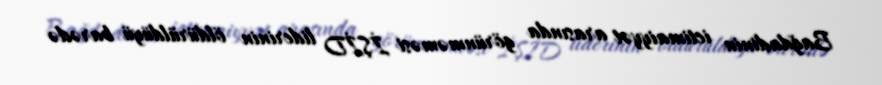
Bağdadinin ictimaiyyət arasında görünməməsi İŞİD liderinin öldürüldüyü barədə